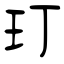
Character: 玎